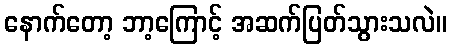
နောက်တော့ ဘာ့ကြောင့် အဆက်ပြတ်သွားသလဲ။